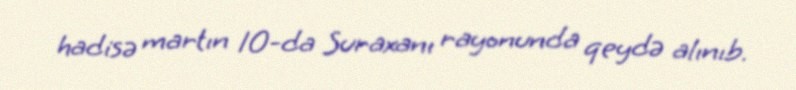
hadisə martın 10-da Suraxanı rayonunda qeydə alınıb.